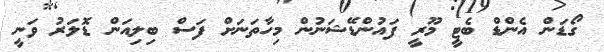
ގޯޑަން އެންޑް ބެޓީ މޫރީ ފައުންޑޭޝަނުން މިހާތަނަށް ފަސް ބިލިއަން ޑޮލަރު ވަނީ